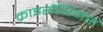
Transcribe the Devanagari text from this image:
क्राइसैंथिमस